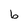
Character: b